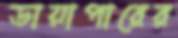
ডায়াপারের